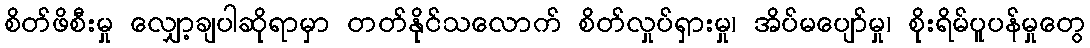
စိတ်ဖိစီးမှု လျှော့ချပါဆိုရာမှာ တတ်နိုင်သလောက် စိတ်လှုပ်ရှားမှု၊ အိပ်မပျော်မှု၊ စိုးရိမ်ပူပန်မှုတွေ